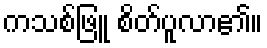
ကသစ်ဖြူ စိတ်ပူလာ၏။